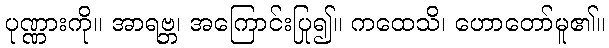
ပုဏ္ဏားကို။ အာရဗ္ဘ၊ အကြောင်းပြု၍။ ကထေသိ၊ ဟောတော်မူ၏။